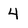
Character: 4